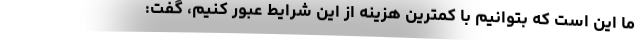
ما این است که بتوانیم با کمترین هزینه از این شرایط عبور کنیم، گفت: